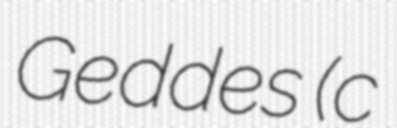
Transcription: Geddes (c